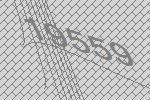
19559